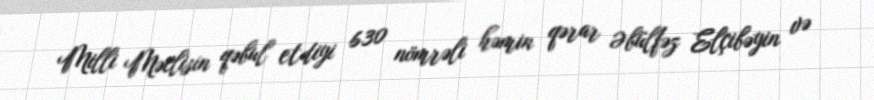
Milli Məclisin qəbul etdiyi 630 nömrəli həmin qərar Əbülfəz Elçibəyin və